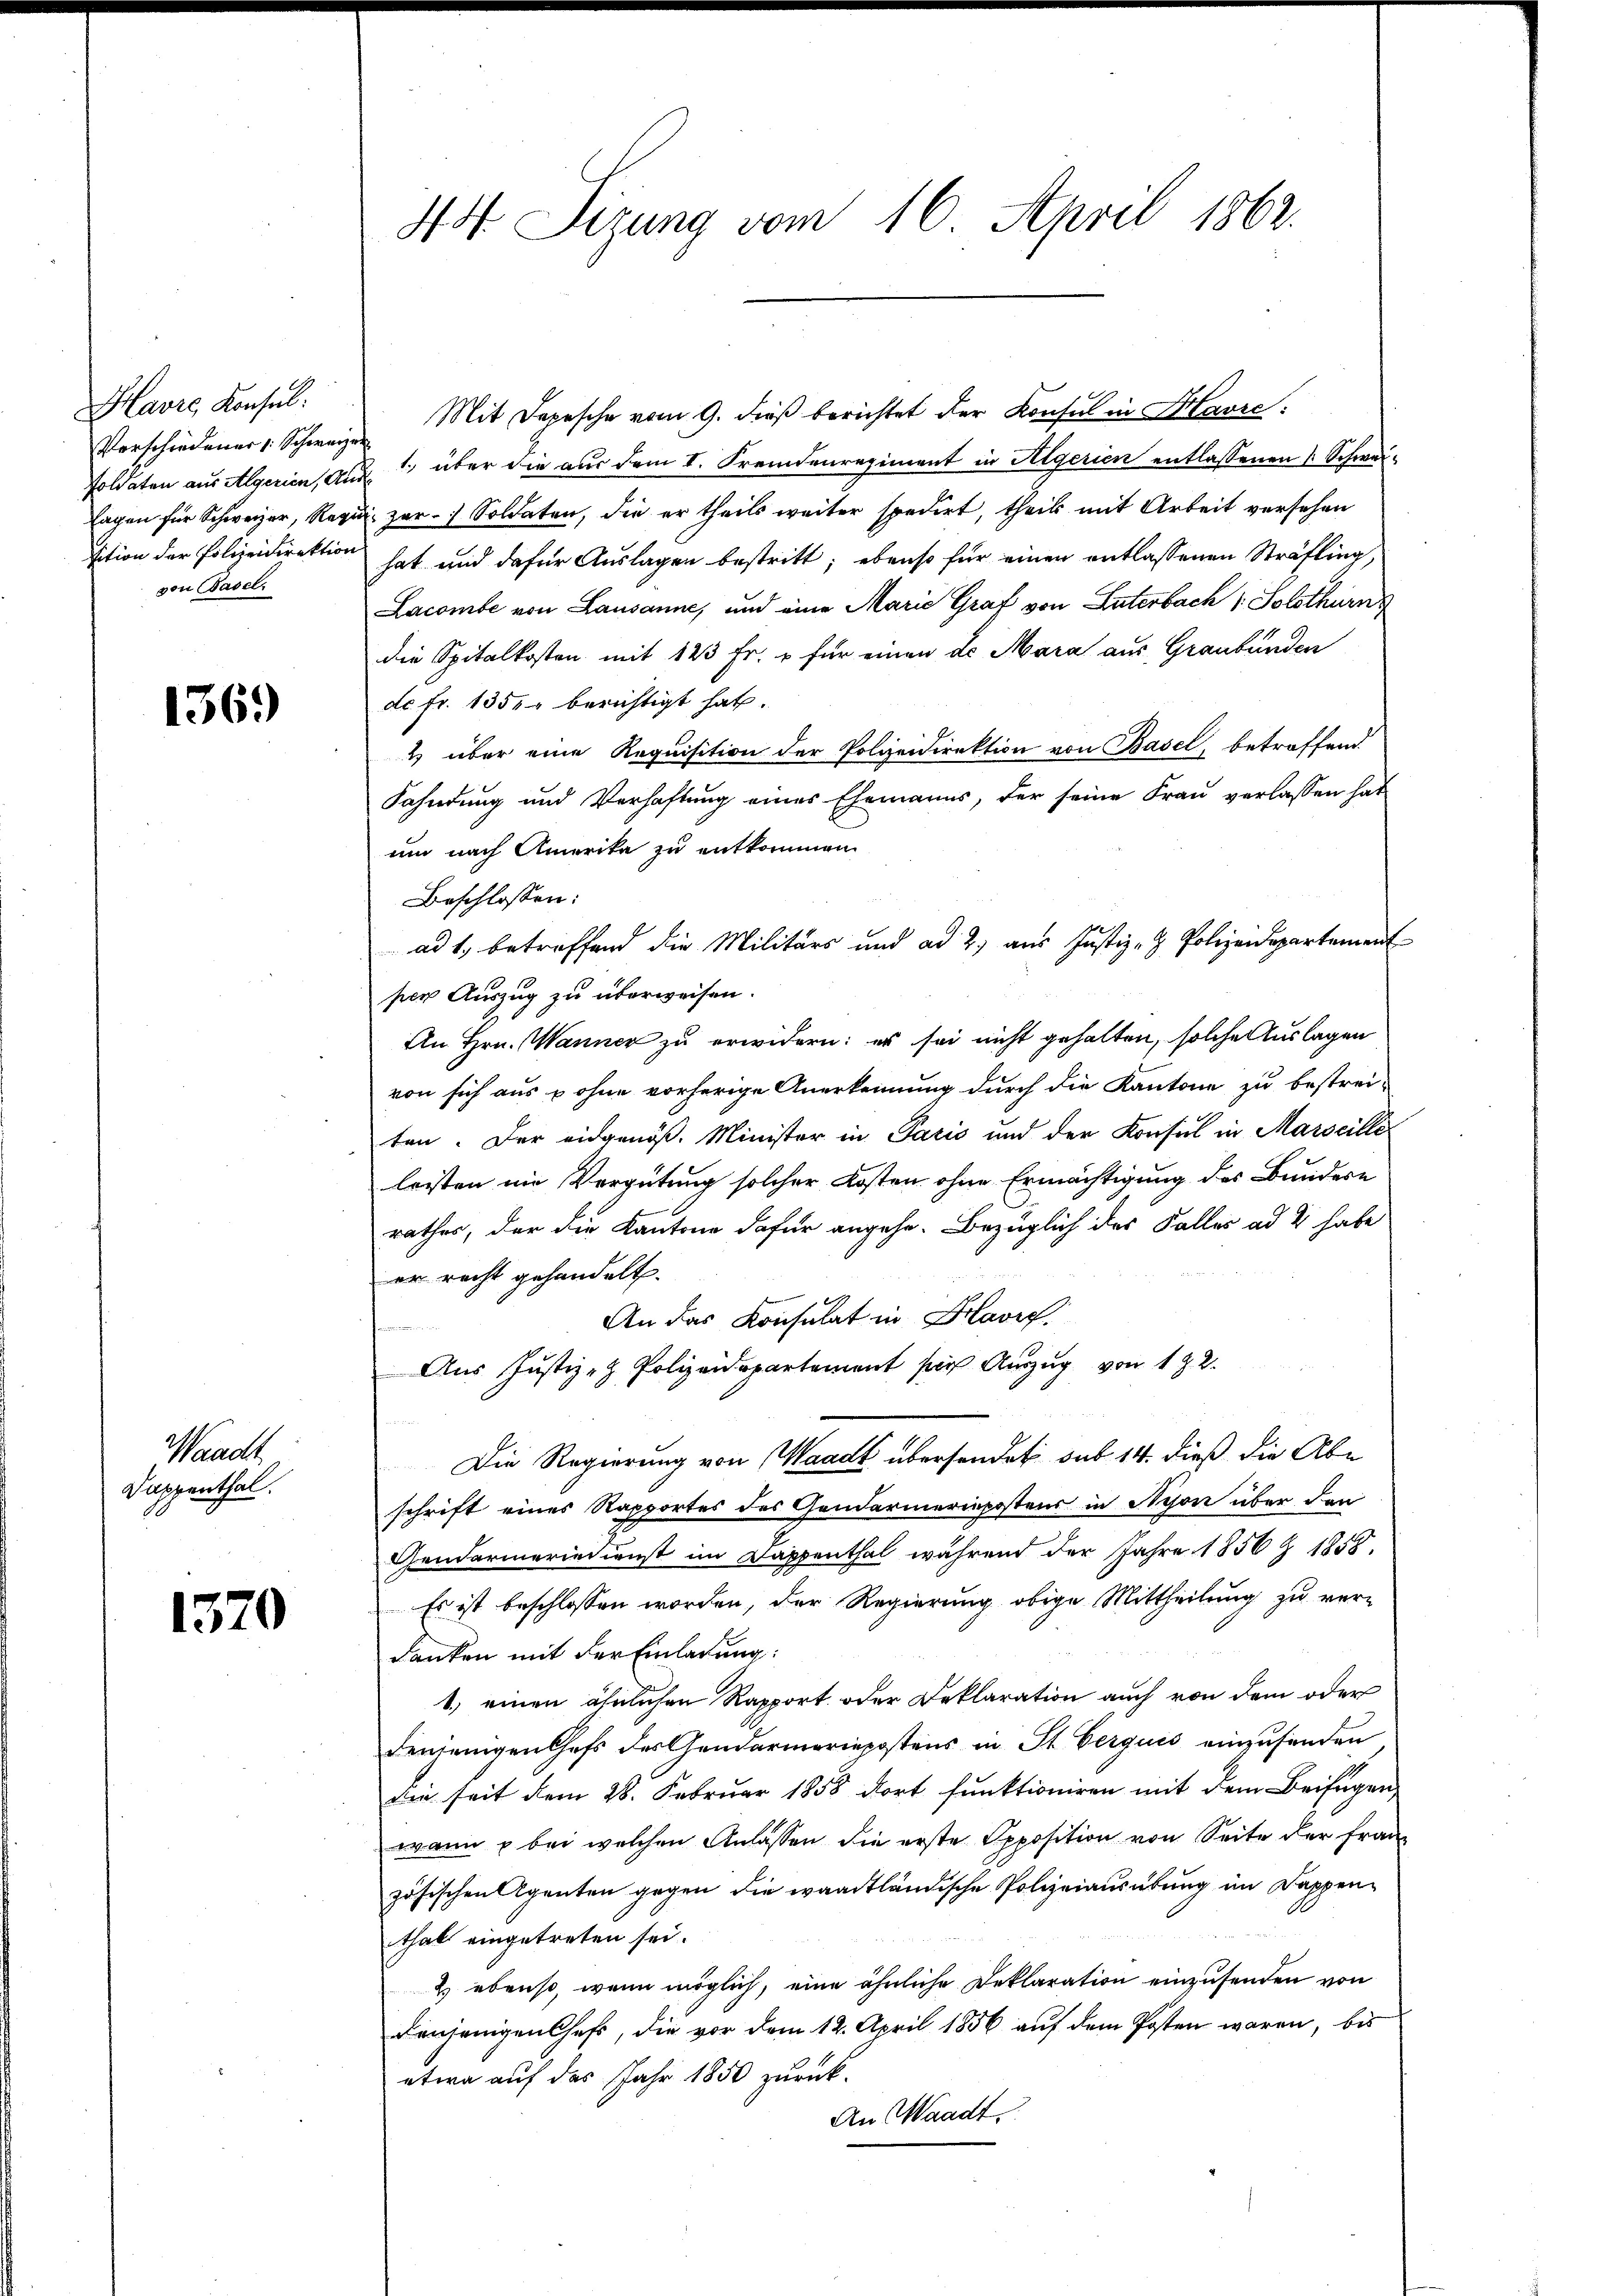
Havre Konsul
Verschiedener /: Schweizer
lagen für Schweizer, Regie
von Basel.

1369

Waadt
Dappenthal.

1570

44 Sizung vom 16. April 1862.

Mit Depesche vom 9. dieß berichtet der Konsul in Havre,
Soldaten aus Algerien, aus über die aus dem I. Fremdenregiment in Algerien entlassenen 1 Schweiun zur Soldaten, die er theils weiter spedirt, theil mit Arbeit versehen
sition der Polizeidirektion hat und dafür Auslagen bestritt; ebenso für einen entlassenen Sträfling,
Lacombe von Lausanne, und eine Marie Graf von Luterbach Solothurn
die Spitalkosten mit 123 Fr. & für einen d. Mara aus, Graubünden
dc fr. 135. berichtigt hat.
4 über eine Requisition der Polizeidirektion von Basel, betreffend
Fahndung und Verhaftung eines Ehemanns, der seine Frau verlassen hat
um nach Amerika zu entkommen
Beschlossen:
ad 1. betreffend die Militärs und ad 2) aus Justiz- & Polizeidepartement
per Auszug zu überweisen.
An Hrn. Manner zu erwidern: es sei nicht gehalten, solche Auslagen
von sich aus & ohne vorherige Anerkennung durch die Kantone zu bestrei-
ten. Der eidgenöß. Minister in Paris und der Konsul in Marseille
leisten im Vergütung solcher Kosten ohne Ermächtigung des Bundere
rathes, der die Kantone dafür angehe. Bezüglich des Faller ad 4 habe
er recht gehandelt.
An das Konsulat in Havrg.
Aus Justiz- & Polizeidepartement per Auszug von 192.
Die Regierung von Waadt übersendet sub 14. dieß die Abe
schrift eines Rapportes des Gendarmeriepostens in Nison über den
Gendarmeriedienst im Dappenthal während der Jahre 1856 Z 1858.
Es ist beschlossen worden, der Regierung obige Mittheilung zu ver-
danken mit der Einladung:
1.) einen ähnlichen Rapport oder Deklaration auch von dem oder
denjenigen Chefs des Gendarmeriepostens in St. Gerquis einzusenden
die seit dem 28. Februar 1858 dort funktioniren mit dem Beifügen
wann  bei welchen Anlassen die erste Opposition von Seite der Französischen Agenten gegen die waadtländische Polizeiausübung im Dappenthal eingetreten sei.
2 ebenso, wenn möglich, eine ähnliche Deklaration einzusenden von
denjenigen Chefs, die vor dem 12. April 1856 auf dem Posten waren, bis
etwa auf das Jahr 1850 zurück-
An Waadt